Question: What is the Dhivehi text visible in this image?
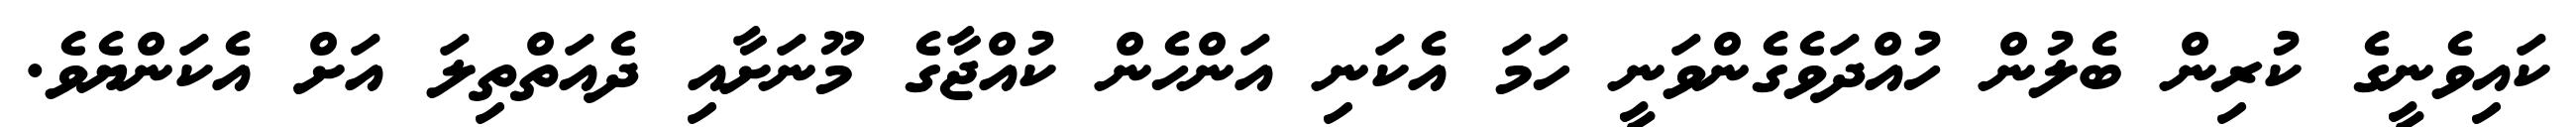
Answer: ކައިވެނީގެ ކުރިން ބެލުން ހުއްދަވެގެންވަނީ ހަމަ އެކަނި އަންހެން ކުއްޖާގެ މޫނަށާއި ދެއަތްތިލަ އަށް އެކަންޔެވެ.